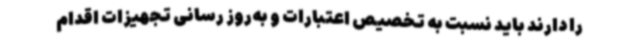
را دارند باید نسبت به تخصیص اعتبارات و به‌روز رسانی تجهیزات اقدام